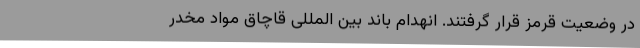
در وضعیت قرمز قرار گرفتند. انهدام باند بین المللی قاچاق مواد مخدر